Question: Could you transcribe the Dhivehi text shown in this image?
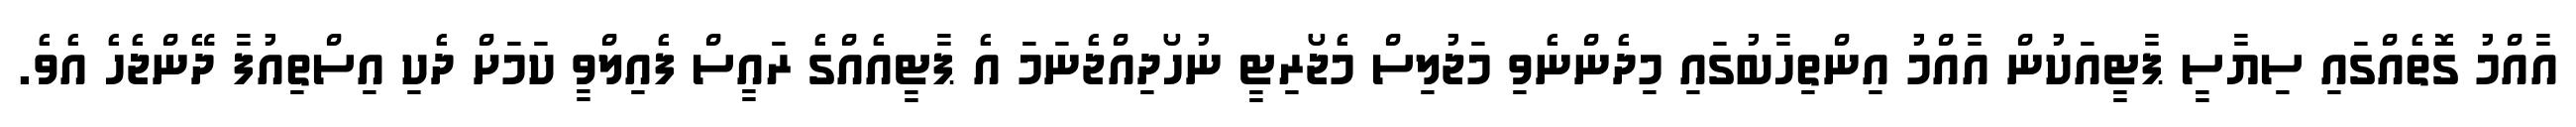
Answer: އާއްމު ގޮތެއްގައި ސިޔާސީ ޕާޓީއަކުން އާއްމު އިންތިހާބުގައި މިދެންނެވި މަޖުލިސް މެޖޯރިޓީ ނުހޯދިއްޖެނަމަ އެ ޕާޓީއެއްގެ ރައީސް ފެއިލްވީ ކަމަށް ދެކި އިސްތިއުފާ ދޭންޖެހެ އެވެ.